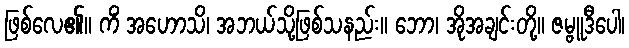
ဖြစ်လေ၏။ ကိံ အဟောသိ၊ အဘယ်သို့ဖြစ်သနည်း။ ဘော၊ အိုအချင်းတို့။ ဇမ္ဗူဒီပေါ၊